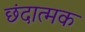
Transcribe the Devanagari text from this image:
छंदात्मक